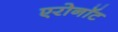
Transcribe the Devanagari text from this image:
एरोनॉट